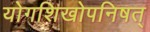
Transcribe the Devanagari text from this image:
योगशिखोपनिषत्‌